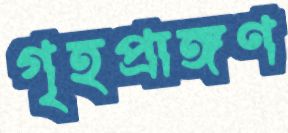
গৃহপ্রাঙ্গণ